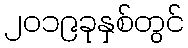
၂၀၁၉ခုနှစ်တွင်